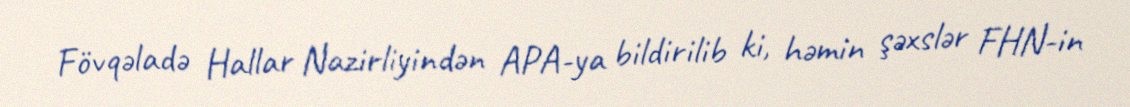
Fövqəladə Hallar Nazirliyindən APA-ya bildirilib ki, həmin şəxslər FHN-in